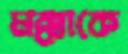
মক্কাকে